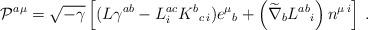
LaTeX: \begin{align*}{\cal P}^{a\mu} = \sqrt{-\gamma} \left[ ( L \gamma^{ab} - L^{ac}_{i } K^b{}_{ c\,i}) e^\mu{}_{b}+ \left( \widetilde{\nabla}_b L^{ab}{}_{i} \right) n^{\mu\,i} \right]\,.\end{align*}